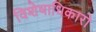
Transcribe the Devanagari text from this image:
विशेषाधिकारो